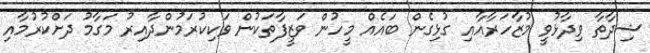
ޝިދާތާ ވިދާޅުވީ މުޒާހަރާއާއި ގުޅިގެން ބައެއް މީހުން ވަޒީފާތަކުން ވަކިކުރަމުންދާއިރު މަގާމު ދަށްކުރުމާއި